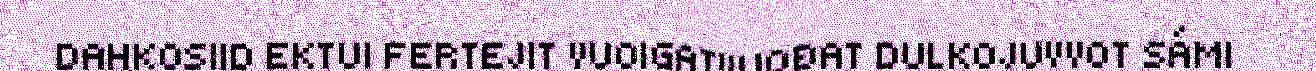
DAHKOSIID EKTUI FERTEJIT VUOIGATVUOĐAT DULKOJUVVOT SÁMI